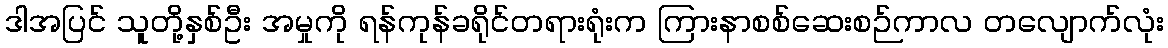
ဒါအပြင် သူတို့နှစ်ဦး အမှုကို ရန်ကုန်ခရိုင်တရားရုံးက ကြားနာစစ်ဆေးစဉ်ကာလ တလျောက်လုံး